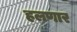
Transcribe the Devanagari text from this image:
हलणार